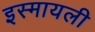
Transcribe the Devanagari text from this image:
इस्मायली